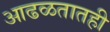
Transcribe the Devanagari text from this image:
आढळतातही